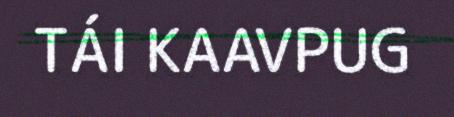
TÁI KAAVPUG